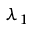
\lambda _ { 1 }